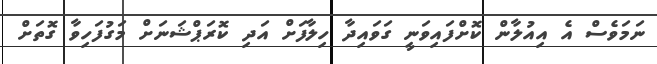
ނަަމަވެސް އެ އިއުލާން ކޮށްފައިވަނީ ގަވައިދާ ހިލާފަށް އަދި ކޮރަޕްޝަނަށް މަގުފަހިވާ ގޮތަށް